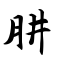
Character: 肼